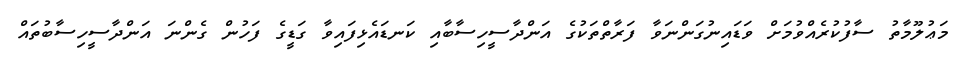
މަޢުލޫމާތު ސާފުކުރެއްވުމަށް ވަޑައިނުގަންނަވާ ފަރާތްތަކުގެ އަންދާސީހިސާބާއި ކަނޑައެޅިފައިވާ ގަޑީގެ ފަހުން ގެންނަ އަންދާސީހިސާބުތައް